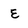
Character: E